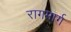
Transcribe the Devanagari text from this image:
रागमार्ग